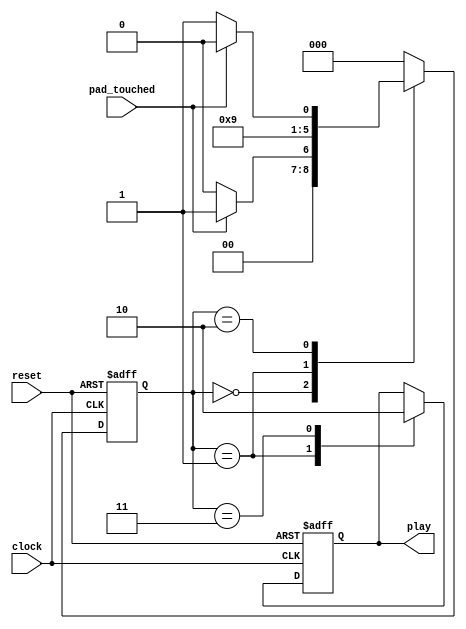
module fsm(input clock, input reset, input pad_touched, output reg play);

			
		//Definimos los estados de la FSM
		parameter STATE_0 = 0;
		parameter STATE_1 = 1;
		parameter STATE_2 = 2;
		parameter STATE_3 = 3;
			
		//Estado en que se encuentra actualmente
		reg [2:0] state;
		
		initial
			begin	
				state <= 0;
				play <= 1'b0;
			end
		
		always@(posedge clock or posedge reset)
		begin
			if(reset)
				begin
					state <= STATE_0;
					play <= 1'b0;
				end
			else
				begin
					case(state)

						STATE_0:
							begin
								if(pad_touched)
									state <= STATE_1;
								else
									state <= STATE_0;
							end
							
						STATE_1:
							begin
								play <= 1'b1;
								state <= STATE_2;
							end
							
						STATE_2: 
							begin
								if(pad_touched)
									state <= STATE_2;
								else
									state <= STATE_3;
							end
						
						STATE_3:
							begin
								play <= 1'b0;
								state <= STATE_0;
							end
							
						default:
							begin
								state <= STATE_0;
							end
					endcase					
				end //end del begin antes del case
		end //end del always
		
endmodule